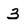
Character: 3